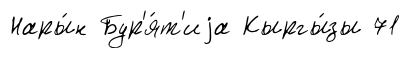
Нары́н Бур'я́т'иjа Кыргы́зы 71